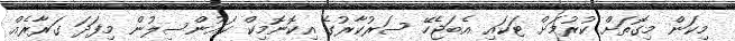
މިކަން މިގޮތަށް ކުރުމަށް ޓަކައި އެބަޖެހޭ ސަރުކާރުގެ އިކޮނޮމިކް ކައުންސިލުން މިފަދަ ގަރާރެއް